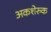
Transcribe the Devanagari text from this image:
अकशेरुक